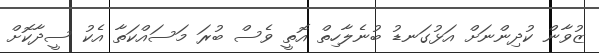
ޒުވާން ކުދިންނަށް އަޅުގަނޑު ބުނެލާހިތް އޮތީ ވެސް ބުރަ މަސައްކަތާ އެކު ސީދާކޮށް